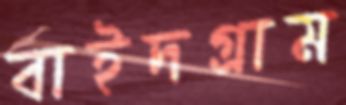
বাইদগ্রাম